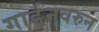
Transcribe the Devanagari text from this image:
गार्डनवरुन